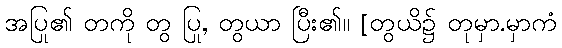
အပြု၏ တကို တွ ပြု, တွယာ ပြီး၏။ [တွယိ၌ တုမှာ.မှာကံ